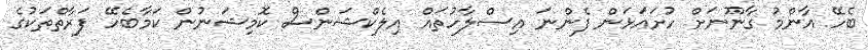
ބެހޭ އާންމު ގާނޫނަށް ހުށައަޅަން ފެންނަ އިސްލާހުތައް އިލެކްޝަންސް ކޮމިޝަނުން ކަމާބެހޭ ފަރާތްތަކުގެ